Lunatic asylums Bombay report 1878-1890 - 1878-1890
Year: 1878
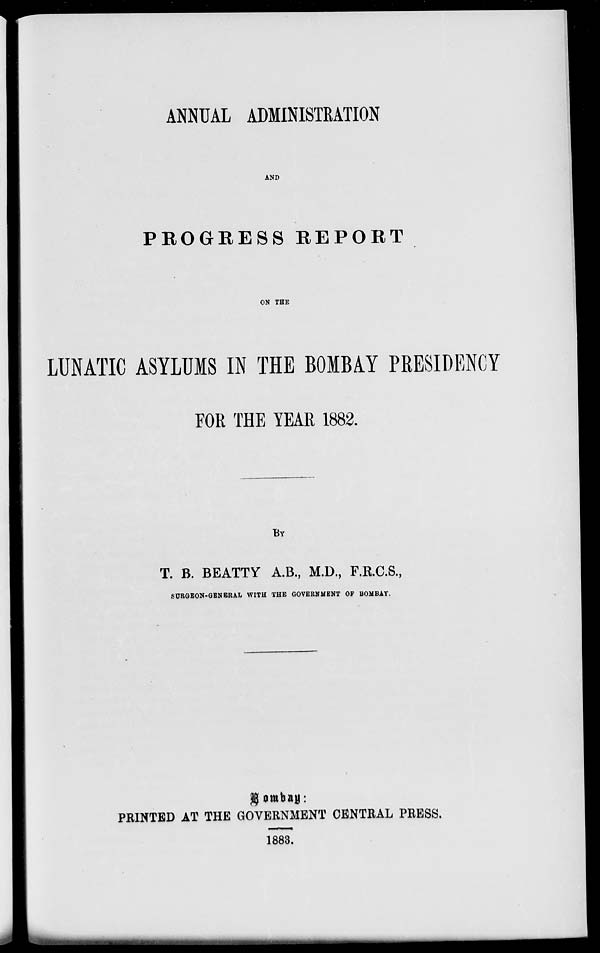
ANNUAL ADMINISTRATION
AND
PROGRESS REPORT
ON THE
LUNATIC ASYLUMS IN THE BOMBAY PRESIDENCY
FOR THE YEAR 1882.
BY
T. B. BEATTY A.B., M.D., F.R.C.S.,
SURGEON-GENERAL WITH THE GOVERNMENT OF BOMBAY.
Bombay:
PRINTED AT THE GOVERNMENT CENTRAL PRESS.
1883.